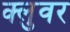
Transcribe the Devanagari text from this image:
क्लुवर